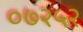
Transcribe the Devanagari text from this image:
०७२५२